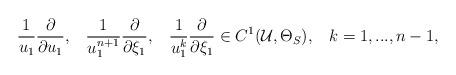
LaTeX: \begin{align*}\frac{1}{u_1}\frac{\partial}{\partial u_1},\,\,\,\,\,\frac{1}{u_1^{n+1}}\frac{\partial}{\partial \xi_1},\,\,\,\,\,\frac{1}{u_1^k}\frac{\partial}{\partial \xi_1}\in C^1(\mathcal{U},\Theta_S), \,\,\,\,\,k=1,...,n-1,\end{align*}